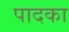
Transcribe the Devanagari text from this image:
पादका